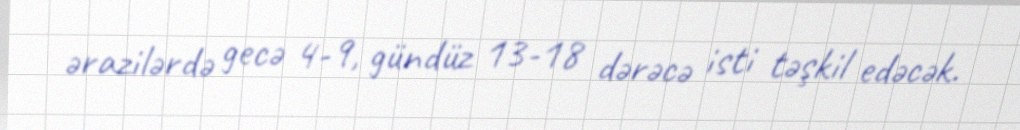
ərazilərdə gecə 4-9, gündüz 13-18 dərəcə isti təşkil edəcək.